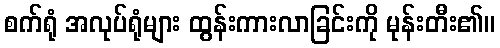
စက်ရုံ အလုပ်ရုံများ ထွန်းကားလာခြင်းကို မုန်းတီး၏။